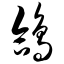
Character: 鸽